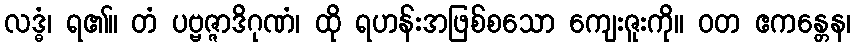
လဒ္ဓံ၊ ရ၏။ တံ ပဗ္ဗဇ္ဇာဒိဂုဏံ၊ ထို ရဟန်းအဖြစ်စသော ကျေးဇူးကို။ ဝတ ဧကန္တေန၊